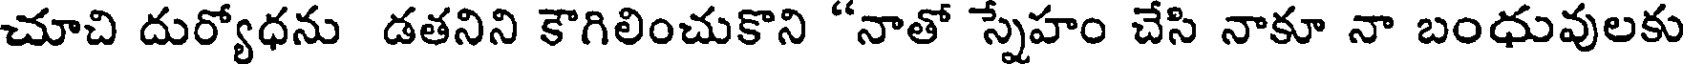
చూచి దుర్యోధను డతనిని కౌగిలించుకొని "నాతో స్నేహం చేసి నాకూ నా బంధువులకు